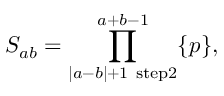
S _ { a b } = \prod _ { | a - b | + 1 ~ \mathrm { s t e p } 2 } ^ { a + b - 1 } \{ p \} ,